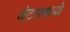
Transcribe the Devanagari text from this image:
बेटामध्ये